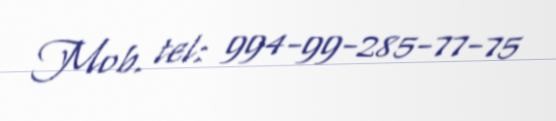
Mob. tel: 994-99-285-77-75